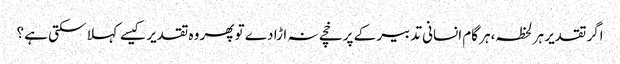
اگر تقدیر ہر لحظہ،ہر گام انسانی تدبیر کے پرخچے نہ اڑا دے تو پھر وہ تقدیر کیسے کہلا سکتی ہے ؟